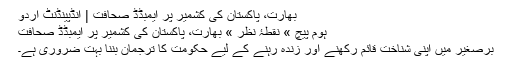
بھارت، پاکستان کی کشمیر پر ایمبڈڈ صحافت | انڈپینڈنٹ اردو
ہوم پیچ » نقطۂ نظر » بھارت، پاکستان کی کشمیر پر ایمبڈڈ صحافت
برصغیر میں اپنی شناخت قائم رکھنے اور زندہ رہنے کے لیے حکومت کا ترجمان بننا بہت ضروری ہے۔